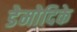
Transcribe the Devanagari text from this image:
डेमोदिके